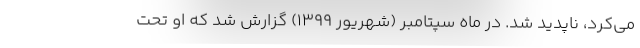
می‌کرد، ناپدید شد. در ماه سپتامبر (شهریور 1399) گزارش شد که او تحت